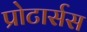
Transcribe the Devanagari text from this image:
प्रोटार्सस